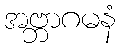
အဗ္ဘာဂမနံ